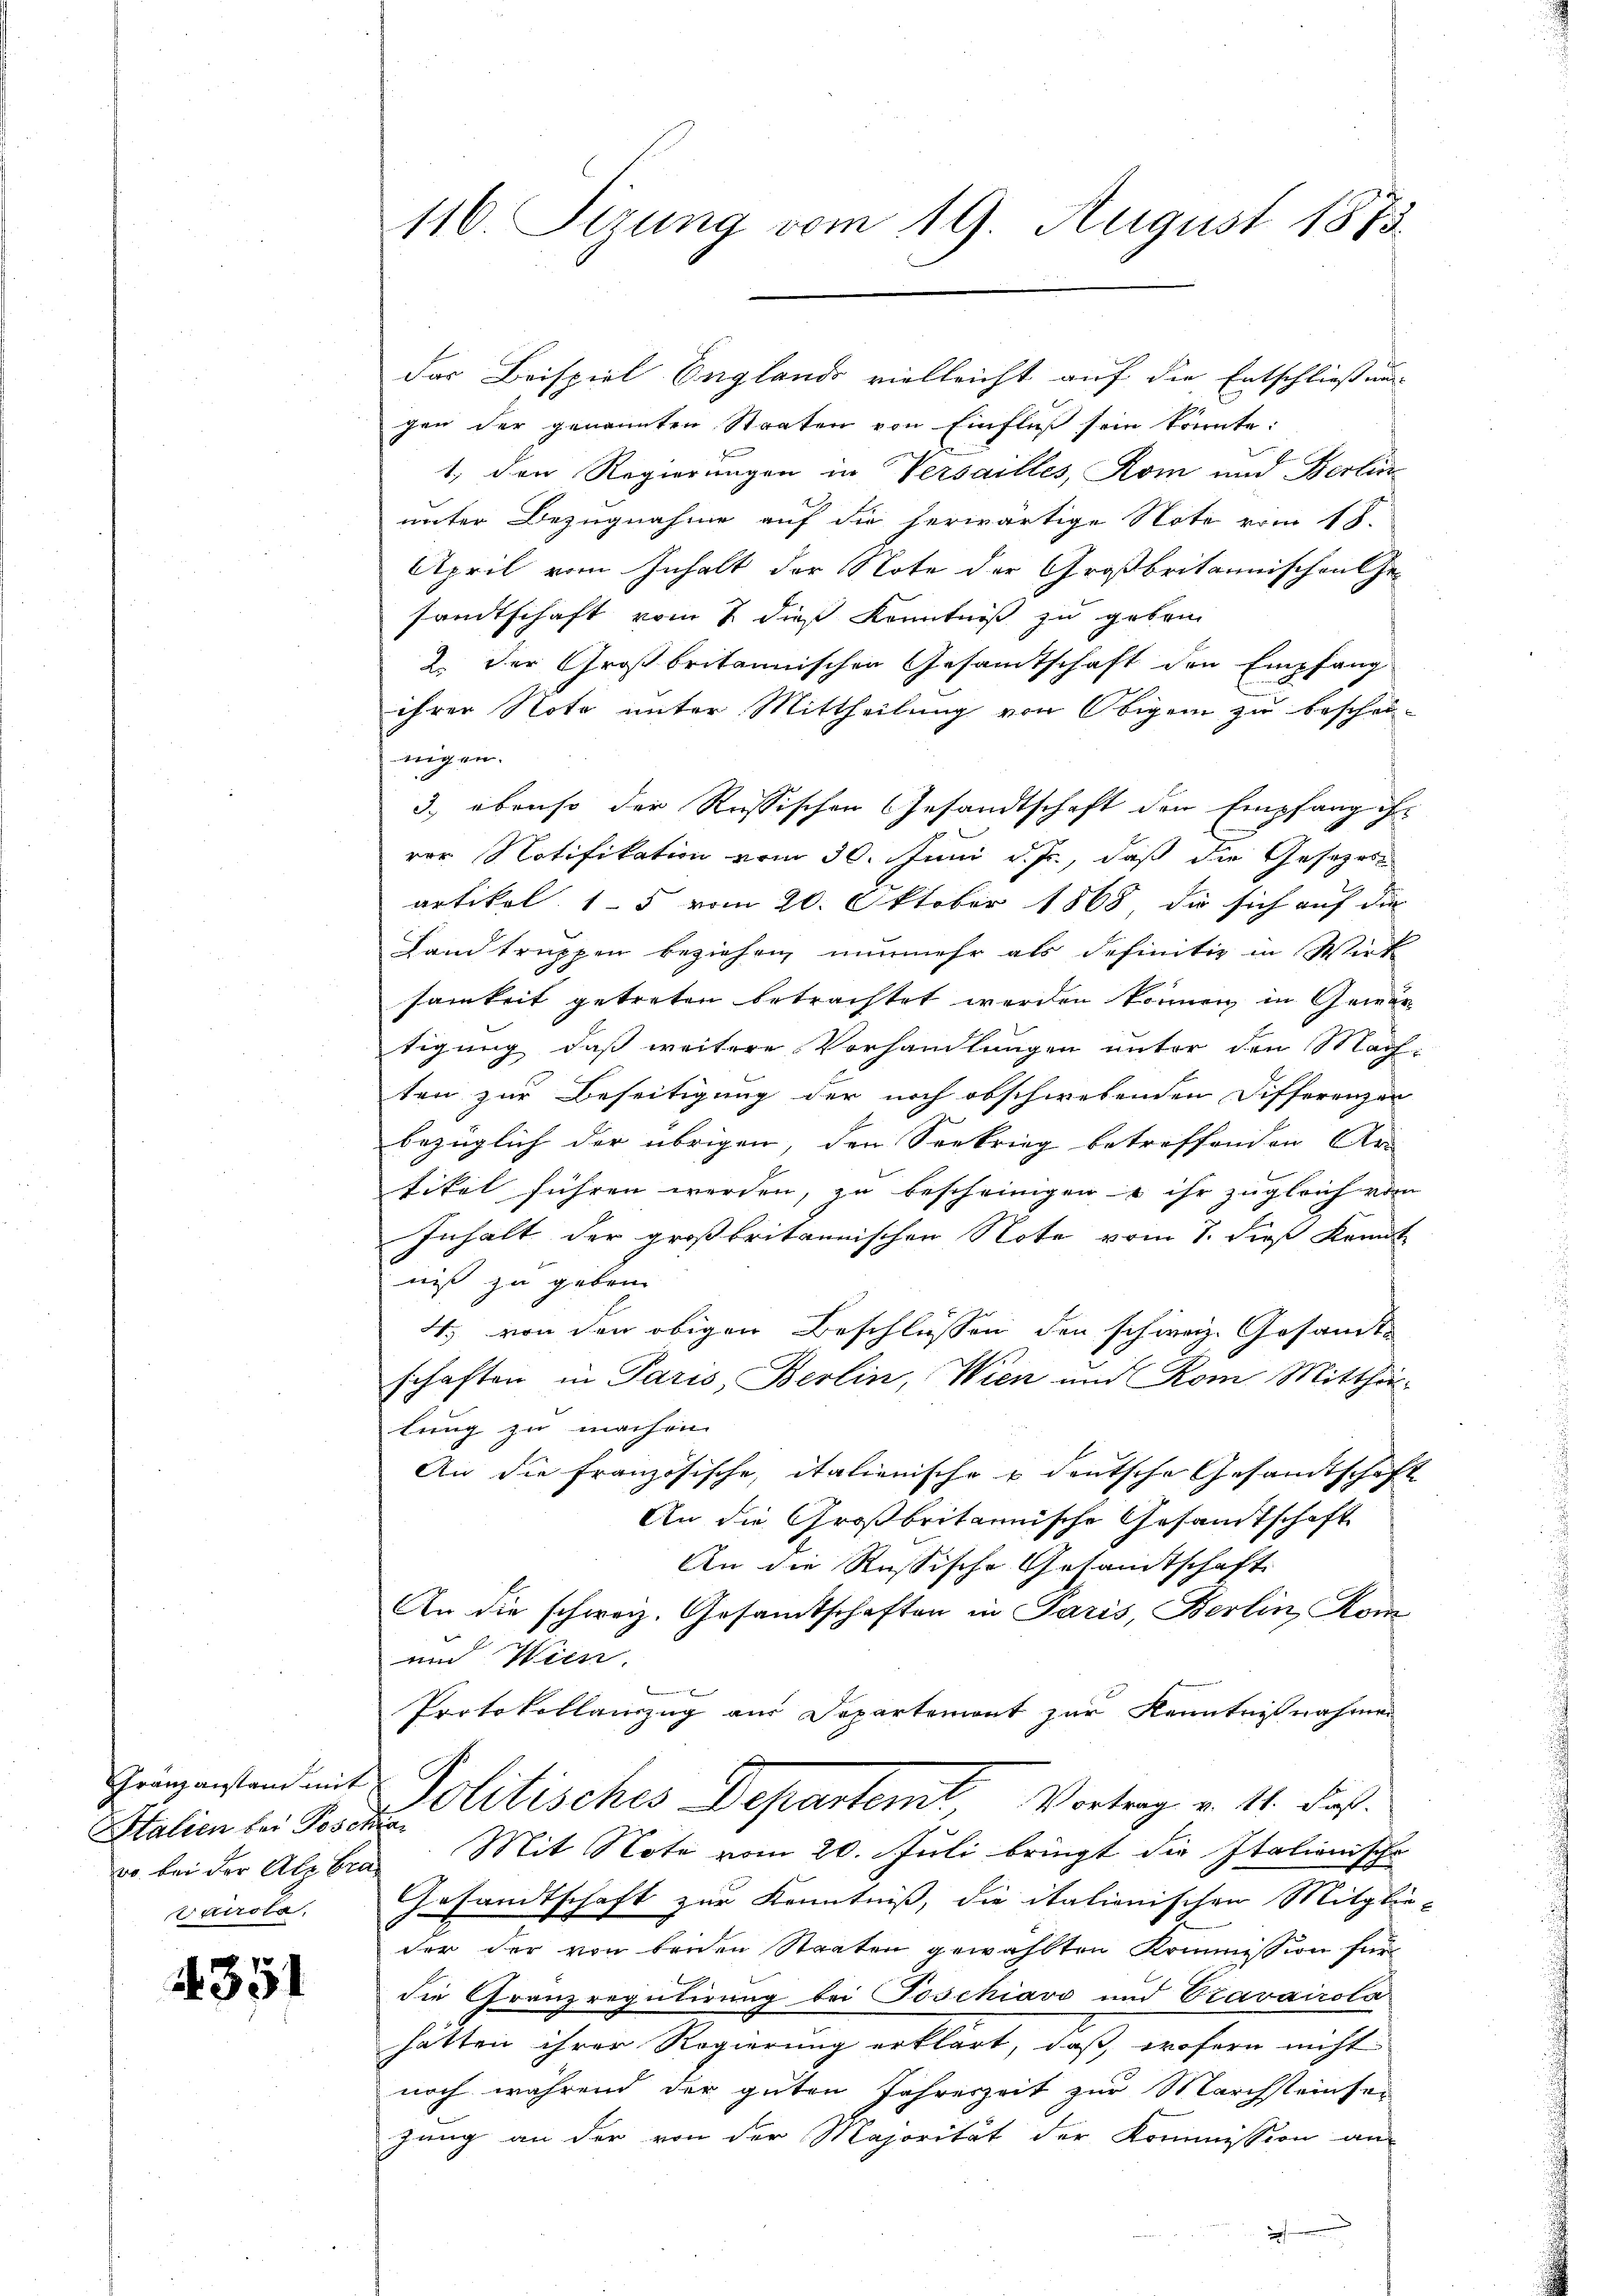
Stalien bei Poschra
wo bei der Ale Gra¬
Extirsla

4351

116. Sizung vom 19. August 1873.

das Beispiel Englands vielleicht auf die Entschliessung
gen der genannten Staaten von Einfluß sein könnte:
1. den Regierungen in Versailles, Rom und Berlin
unter Bezugnahme auf die herwärtige Note vom 18.
April vom Inhalt der Note der Großbritannischen Ge-
sandtschaft vom 7 dieß Kenntniß zu geben
2. der Großbritannischen Gesamtschaft den Empfang
ihrer Note unter Mittheilung von Obigen zu beschrieigen.
3.) ebenso der Russischen Gesandtschaft den Empfang ih
vor Notifikation vom 30. Juni d. Js., daß die Gesezes
artikel 15 vom 20. Oktober 1868 die sich auf die
Landtruppen beziehen nunmehr als definitiv in Wirk
samkeit getreten betrachtet werden können in Gewertigung, daß weitere Vorhandlungen unter den Machten zur Beseitigung der noch obschwebenden Differenzen
bezüglich der übrigen, den Seekrieg betreffenden Ar-
tikel führen werden, zu bescheinigen u ihr zugleich vom
Inhalt der großbritannischen Note vom 1. dieß kannt
niß zu geben
4. von den obigen Beschlüssen den schweiz. Gesammts
schaften in Paris, Berlin, Wien und Rom Mitthe
lung zu machen.
An die französische, italienische u. deutsche Gesandtschaft
An die Großbritannische Gesandtschaft
An die Russische Gesamtschaft
An die schweiz. Gesamtschaften in Paris, Berlin Kom
und Wien.

Protokollauszug aus Departemont zur Kenntnißnahmen
Gringenstand mit Politisches Departent, Vortrag v. 11. Faß.
Mit Note vom 20. Juli bringt die Italienische
Gesandtschaft zur Kenntniß, die italionischen Mitglie-
der der von beiden Staaten gewählten Kommission für
die Granz regulirung bei Poschiavo und Cravairota
hätten ihrer Regierung erklärt, daß, wofern nicht
noch während der guten Jahreszeit zur Marchsteinsei
gung an der von der Majorität der Kommission an